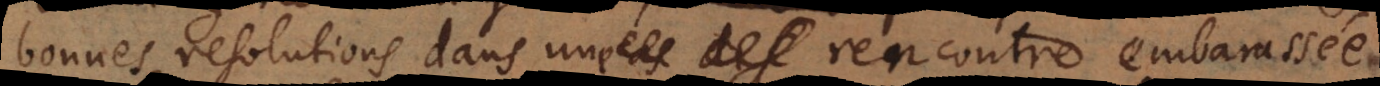
bonnes resolutions dans une rencontre embarassée